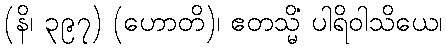
(နိ၊ ၃၉၇) (ဟောတိ)၊ ဧတသ္မိံ ပါရိဝါသိယေ၊